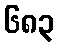
၆၈၃